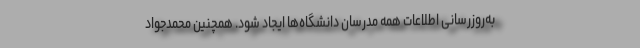
به‌روزرسانی اطلاعات همه مدرسان دانشگاه‌ها ایجاد شود. همچنین محمدجواد